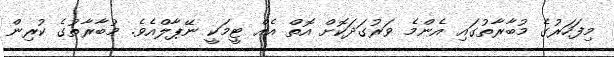
މިފަހަރުގެ މުބާރާތުގައި އެންމެ ވަރުގަދަކޮށް އޮތް އެއް ޓީމަކީ ނޭޕާލްއެވެ. މުބާރާތުގެ ކުރިން